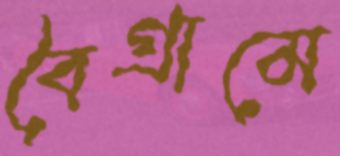
বৈগ্রামে